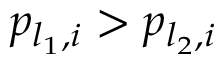
p _ { l _ { 1 } , i } > p _ { l _ { 2 } , i }